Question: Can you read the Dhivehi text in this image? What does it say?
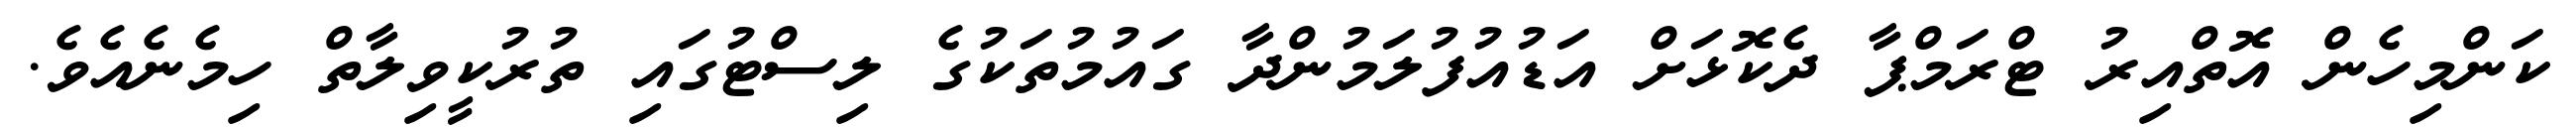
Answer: ކަންމިހެން އޮތްއިރު ޓްރަމްޕާ ދެކޮޅަށް އަޑުއުފުލަމުންދާ ގައުމުތަކުގެ ލިސްޓުގައި ތުރުކީވިލާތް ހިމެނެއެވެ.